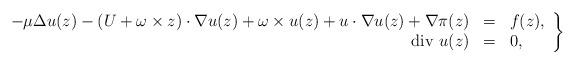
LaTeX: \begin{align*}\left.\begin{array}{rcl}- \mu\Delta u (z) - (U+\omega \times z) \cdot \nabla u (z) + \omega \times u (z) + u \cdot \nabla u(z)+\nabla \pi(z) &= &f(z), \\ \hbox{\rm div } u (z)& =& 0, \end{array}\right\}\end{align*}